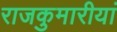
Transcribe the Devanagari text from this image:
राजकुमारीयां